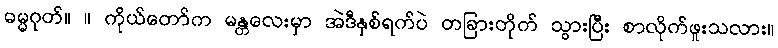
ဓမ္မဂုတ်။ ။ ကိုယ်တော်က မန္တလေးမှာ အဲဒီနှစ်ရက်ပဲ တခြားတိုက် သွားပြီး စာလိုက်ဖူးသလား။